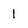
Character: 1